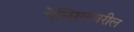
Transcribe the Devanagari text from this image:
पेन्सिलवरील